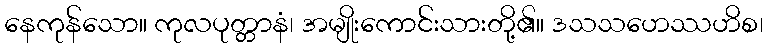
နေကုန်သော။ ကုလပုတ္တာနံ၊ အမျိုးကောင်းသားတို့၏။ ဒသသဟေဿဟိစ၊